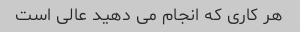
هر کاری که انجام می دهید عالی است